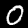
Digit: 0